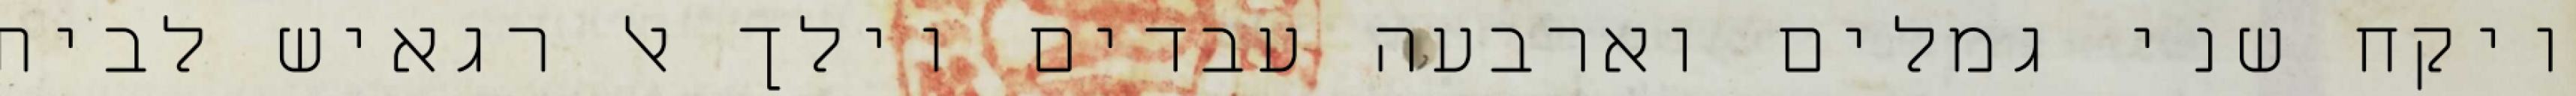
ויקח שני גמלים וארבעה עבדים וילך אל רגאיש לבית